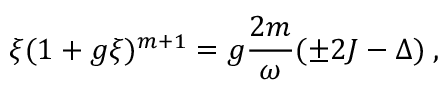
\xi ( 1 + g \xi ) ^ { m + 1 } = g \frac { 2 m } { \omega } ( \pm 2 J - \Delta ) \; ,